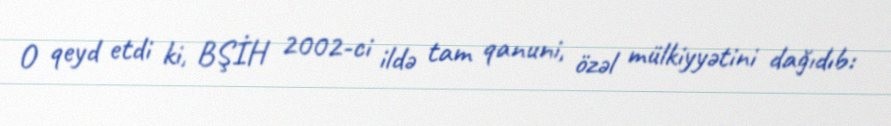
O qeyd etdi ki, BŞİH 2002-ci ildə tam qanuni, özəl mülkiyyətini dağıdıb: